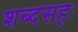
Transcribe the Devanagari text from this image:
शब्दसहः